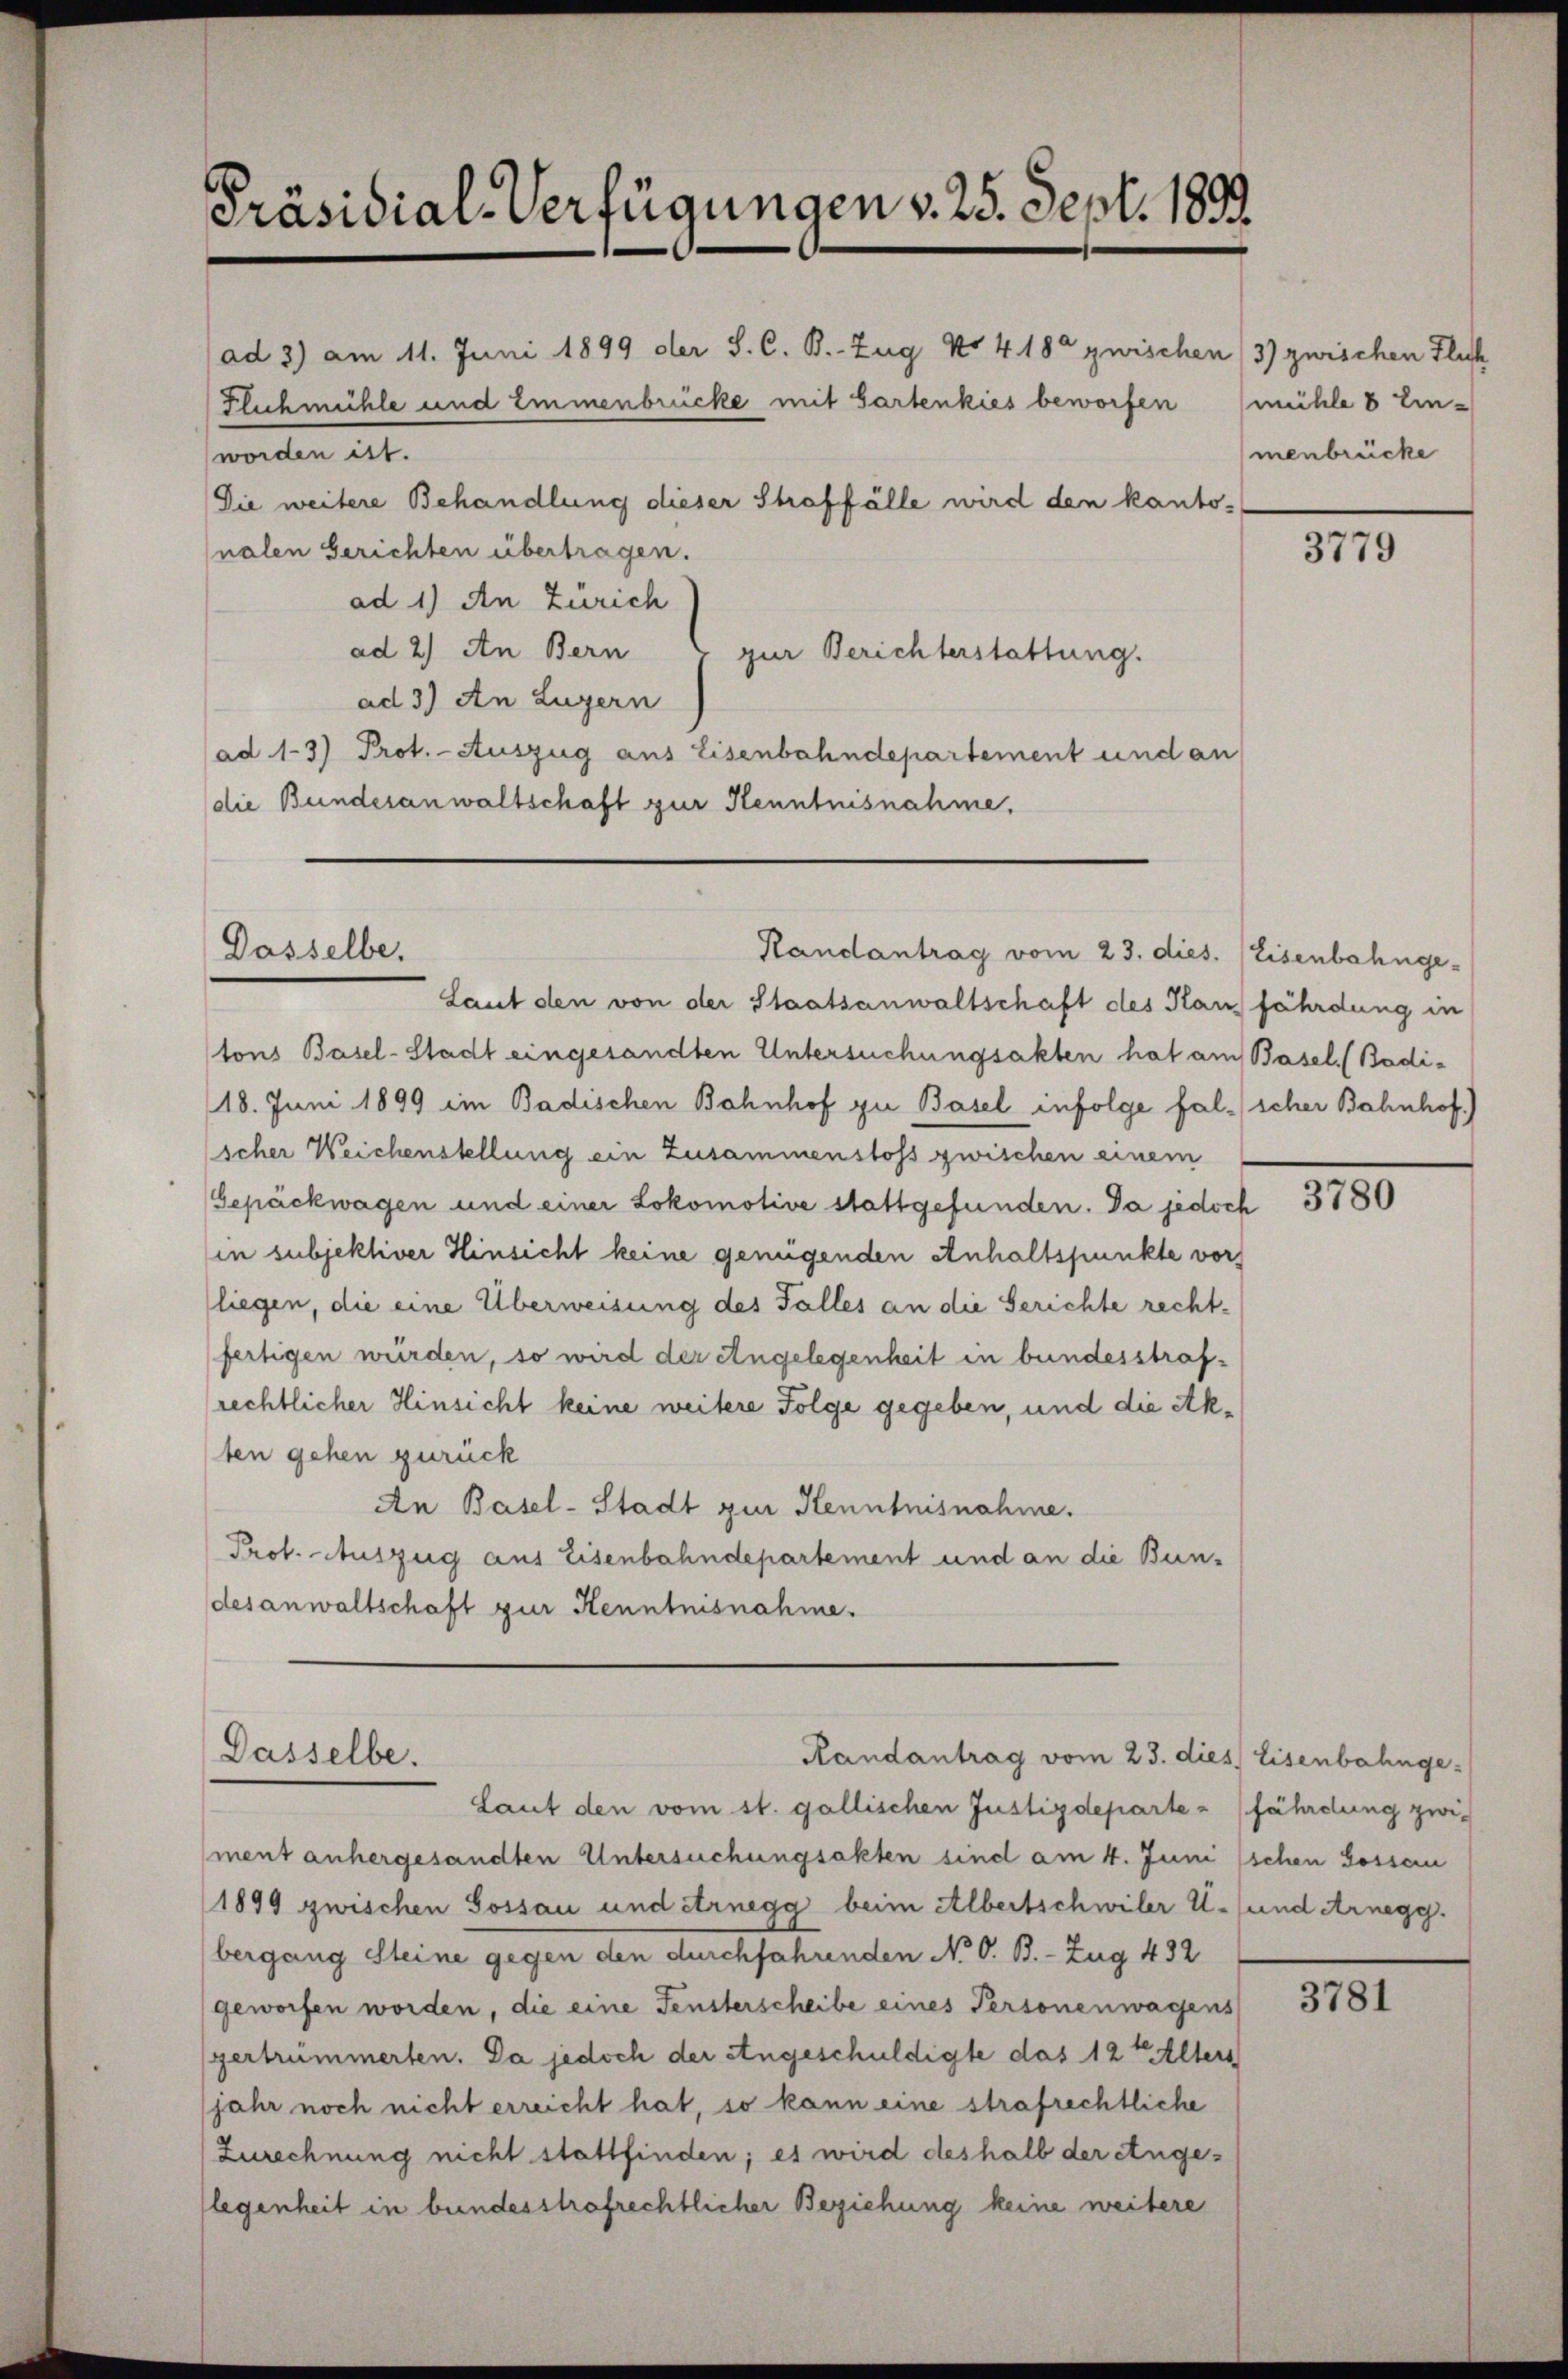
Präsidial-Verfügungen v. 25. Sept. 1893.

worden ist.
ad 1) An Zürich
ad 2.) An Bern
zur Berichterstattung.
ad 3) An Luzern
ad 1-3) Prot. Auszug aus Eisenbahndepartement und an
die Bundesanwaltschaft zur Kenntnisnahme.

Dasselbe.

ad 3) am 11. Juni 1899 der S. C. B. Zug No 418 zwischen (3) zwischen Fluch
Flichmühle und Emmenbrücke mit Gartenkies beworfen (mühle 8 Ein-
Die weitere Behandlung dieser Straffälle wird den kanto-
nalen Gerichten übertragen.

Laut den von der Staatsanwaltschaft des Haus fährdung in
tons Basel-Stadt eingesandten Untersuchungsakten hat am Basel. (Badi¬
18. Juni 1899 im Badischen Bahnhof zu Basel infolge falscher Bahnhof.)
scher Weichenstellung ein Zusammenstoss zwischen einem
Gepäckwagen und einer Lokomotive stattgefunden. Da jedoch
in subjektiver Hinsicht keine genügenden Anhaltspunkte vor
(liegen, die eine Überweisung des Falles an die Gerichte rechtfertigen würden, so wird der Angelegenheit in bundesstrafrechtlicher Hinsicht keine weitere Folge gegeben, und die Akten gehen zurück
An Basel-Stadt zur Kenntnisnahme.
Prof. Auszug aus Eisenbahndepartement und an die Bundesanwaltschaft zur Kenntnisnahme.

Randantrag vom 23. dies. (Eisenbahnge¬

Dasselbe.
Randantrag vom 23. dies Eisenbahnge-
Laut den vom st. gallischen Justizdepartez fährdung zwi-

ment anhergesandten Untersuchungsakten sind am 4. Juni
1899 zwischen Gossau und ernegg beim Albertschwiler U. und Arnegg.
bergang Steine gegen den durchfahrenden No O. B. - Zug 432
geworfen worden, die eine Fensterscheibe eines Personenwagens
gertrümmerten. Da jedoch der Angeschuldigte das 12 t Alters
jahr noch nicht erreicht hat, so kann eine strafrechtliche
Zurechnung nicht stattfinden; es wird deshalb der Ange-
legenheit in bundesstrafrechtlicher Beziehung keine weitere

menbrücke

3779

3780

schen Gossau

3781